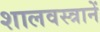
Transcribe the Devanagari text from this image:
शालवस्त्रानें